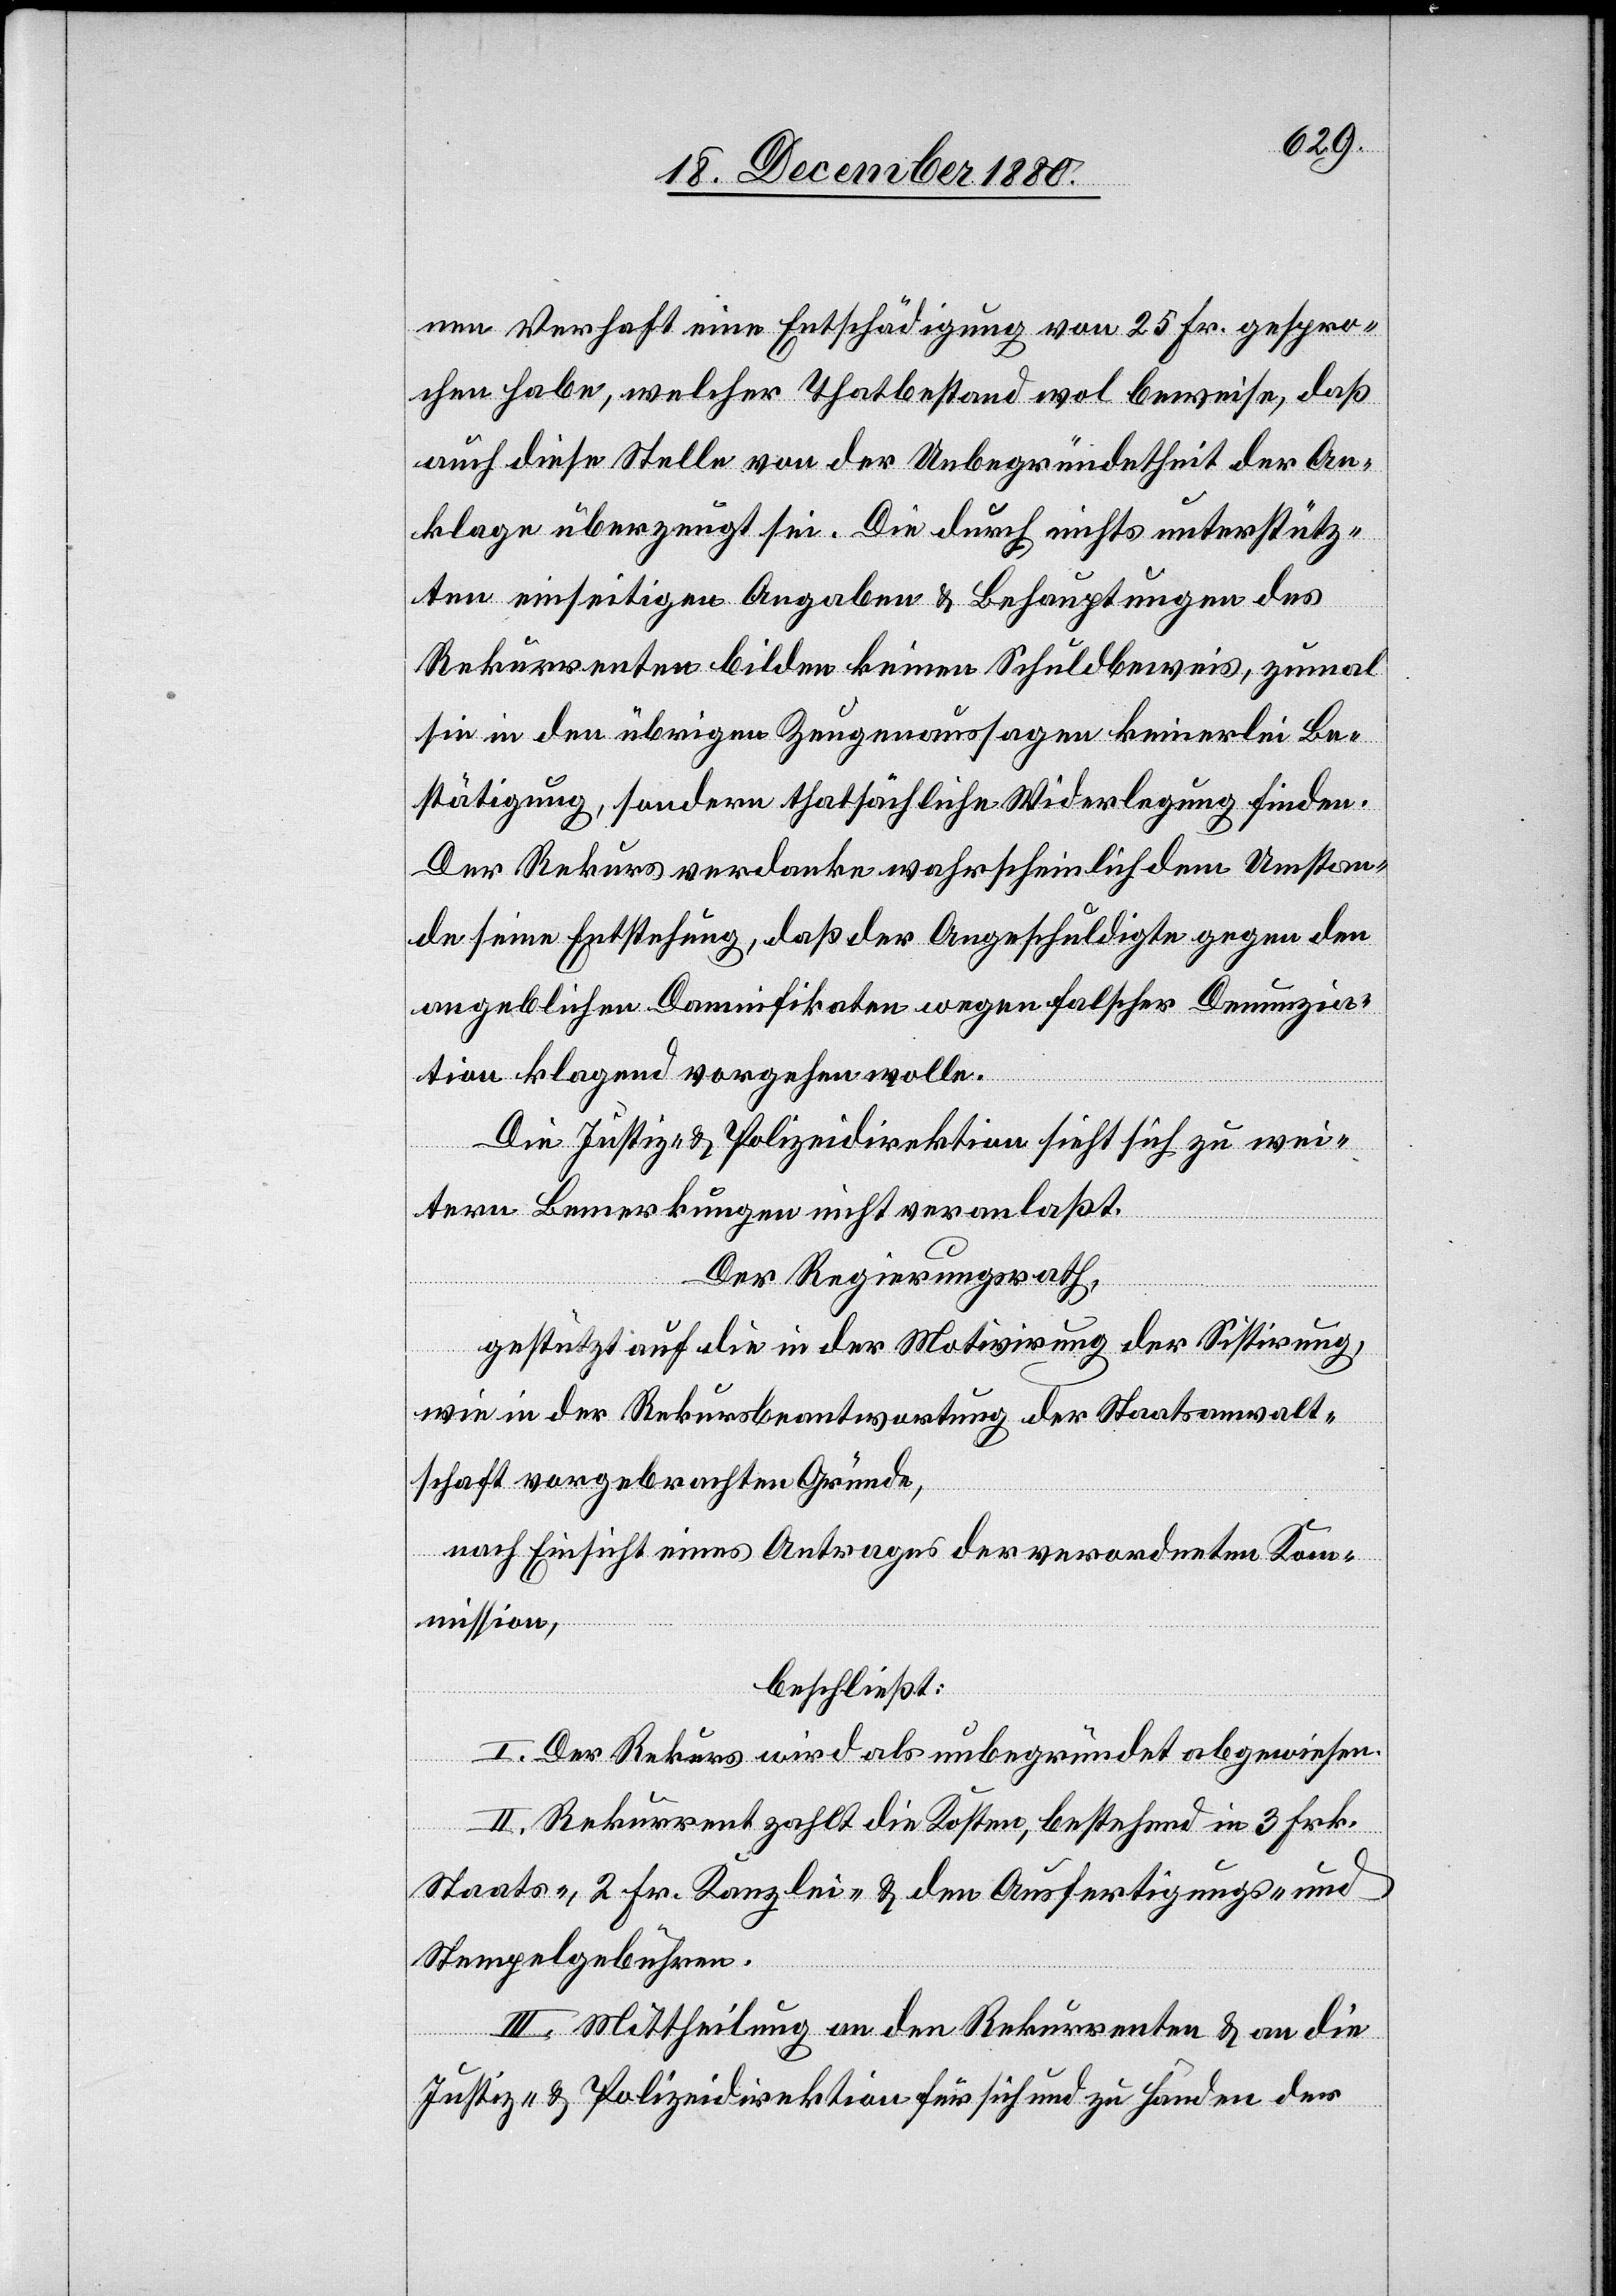
nen Verhaft eine Entschädigung von 25 Fr. gespro¬
chen habe, welcher Thatbestand wol beweise, daß
auch diese Stelle von der Unbegründetheit der An¬
klage überzeugt sie. Die durch nichts unterstütz¬
ten einseitigen Angaben & Behauptungen des
Rekurrenten bilden keinen Schuldbeweis, zumal
sie in den übrigen Zeugenaussagen keinerlei Be¬
stätigung, sondern thatsächliche Widerlegung finden.
Der Rekurs verdanke wahrscheinlich dem Umstan¬
de seine Entstehung, daß der Angeschuldigte gegen den
angeblichen Damnifikaten wegen falscher Denunzia¬
tion klagend vorgehen wolle.
Die Justiz- & Polizeidirektion sieht sich zu wei¬
tern Bemerkungen nicht veranlaßt.
Der Regierungsrath,
gestützt auf die in der Motivirung der Sistirung,
wie in der Rekursbeantwortung der Staatsanwalt¬
schaft vorgebrachten Gründe,
nach Einsicht eines Antrages der verordneten Kom¬
mission,
beschließt:
I. Der Rekurs wird als unbegründet abgewiesen.
II. Rekurrent zahlt die Kosten, bestehend in 3 Frk.
Staats-, 2 Fr. Kanzlei- & den Ausfertigungs- und
Stempelgebühren.
III. Mittheilung an den Rekurrenten & an die
Justiz- & Polizeidirektion für sich und zu Handen der